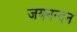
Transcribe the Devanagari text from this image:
जयनन्दन